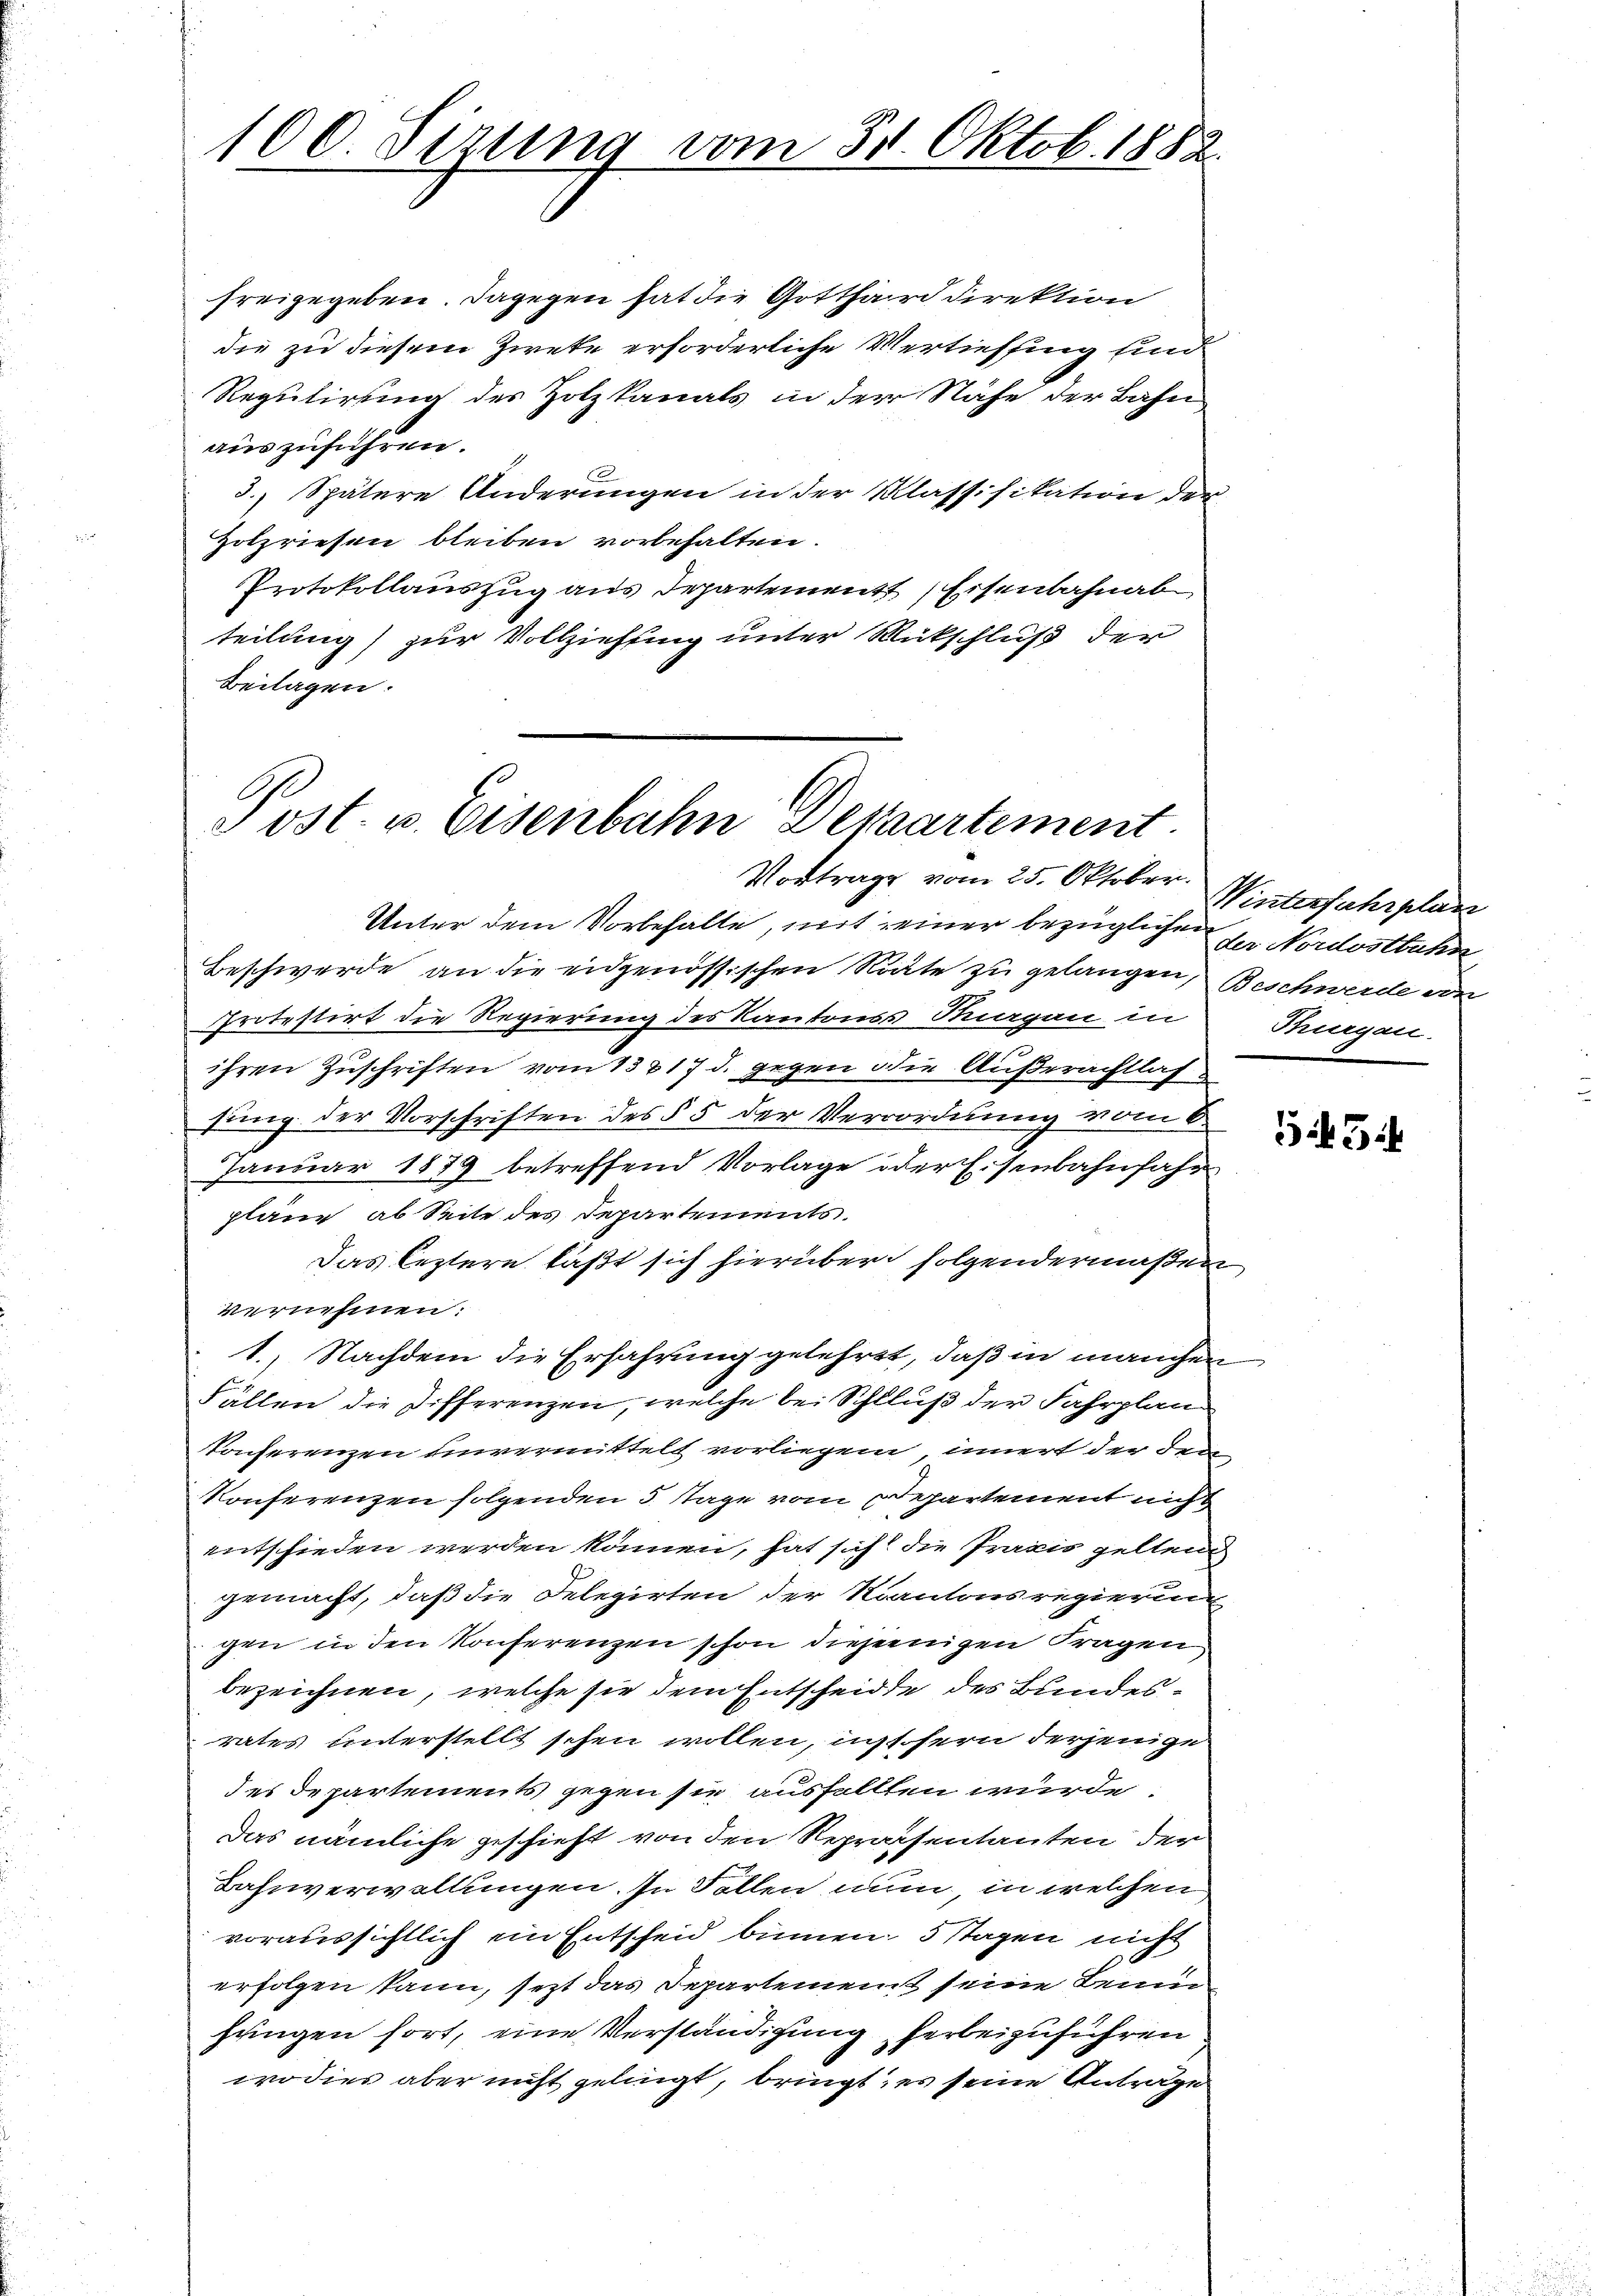
100. Sizung vom 30. Oktob. 1882.

freigegeben. Dagegen hat die Gotthard direktion
die zu diesem Zweke erforderliche Vertiefsing sind
Regulirung des Holzkanals in der Nähe der Bahn
auszuführen.
3.) Spätere Änderungen in der Klassifikation der
Holzriesen bleiben vorbehalten.
Protokollauszug aus Departement, Eisenbahnab
teilung) zur Vollziehung unter Rückschluß der
Beilagen.

A
Post- u. Eisenbahn Depaartement
Vortrage vom 25. Oktober.

Unter dem Vorbehalte, mit seiner bezüglichen zu Nordostbahn
Beschwerde an die eidgenössischen Note zu gelangen, Beschwerde von
Protestirt die Regierung des Kantonss Magen in
ihren Zuschriften vom 13817 d. gegen die Außerachtlassung der Vorschriften des § 5 der Verrordnung vom 6.
Januar 1879 betreffend Vorlage oder Eisenbahnfahr
pläne, ab Seite des Departements.
Das leztern läßt sich hierüber folgendermaßen
vernehmen:
1., Nachdem die Erfahrung gelehrt, daß in manchen
Fällen die Differenzen, welche bei Schluß der Fahrplan
Konserenzen einvermittelt vorliegen innert der den
Konferenzen folgenden 5 Tage vom Departement nicht
entschieden werden können, hat sich die Praxis gelten
gemacht, daß die Delegirten der Kantonsregierung
gen in den Konferenzen schon diejenigen Fragen
bezeichnen, welche sie dem Entscheidte des Bundesrates unterstellt sehen wollen, ist fern derjenige
des Departements gegen sie ausfallten würde.
Das nämliche geschieht von den Repräsentanten der
Bahnverwaltungen. In Sollen nun, in welchen
voraussichtlich ein Entscheid binnen 5 Tagen nicht
erfolgen kann, sezt das Departement seine Benu
hungen fort, eine Verständigung herbeizuführen
wodies aber nicht gelingt, bringt; es seine Antrage

Wintersuhrplan
Thurgau.

3454